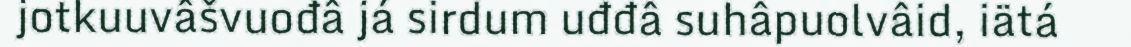
jotkuuvâšvuođâ já sirdum uđđâ suhâpuolvâid, iätá